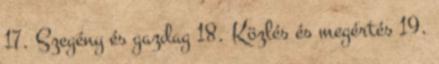
17. Szegény és gazdag 18. Közlés és megértés 19.